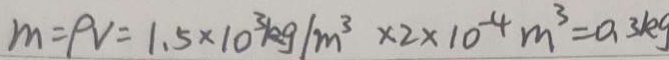
m = \rho V = 1 . 5 \times 1 0 ^ { 3 } k g / m ^ { 3 } \times 2 \times 1 0 ^ { - 4 } m ^ { 3 } = 0 . 3 k g